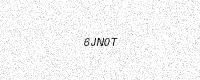
Text: 6JN0T